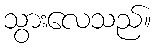
သွားလေသည်။